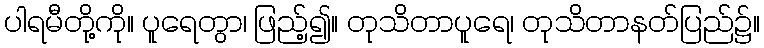
ပါရမီတို့ကို။ ပူရေတွာ၊ ဖြည့်၍။ တုသိတာပူရေ၊ တုသိတာနတ်ပြည်၌။